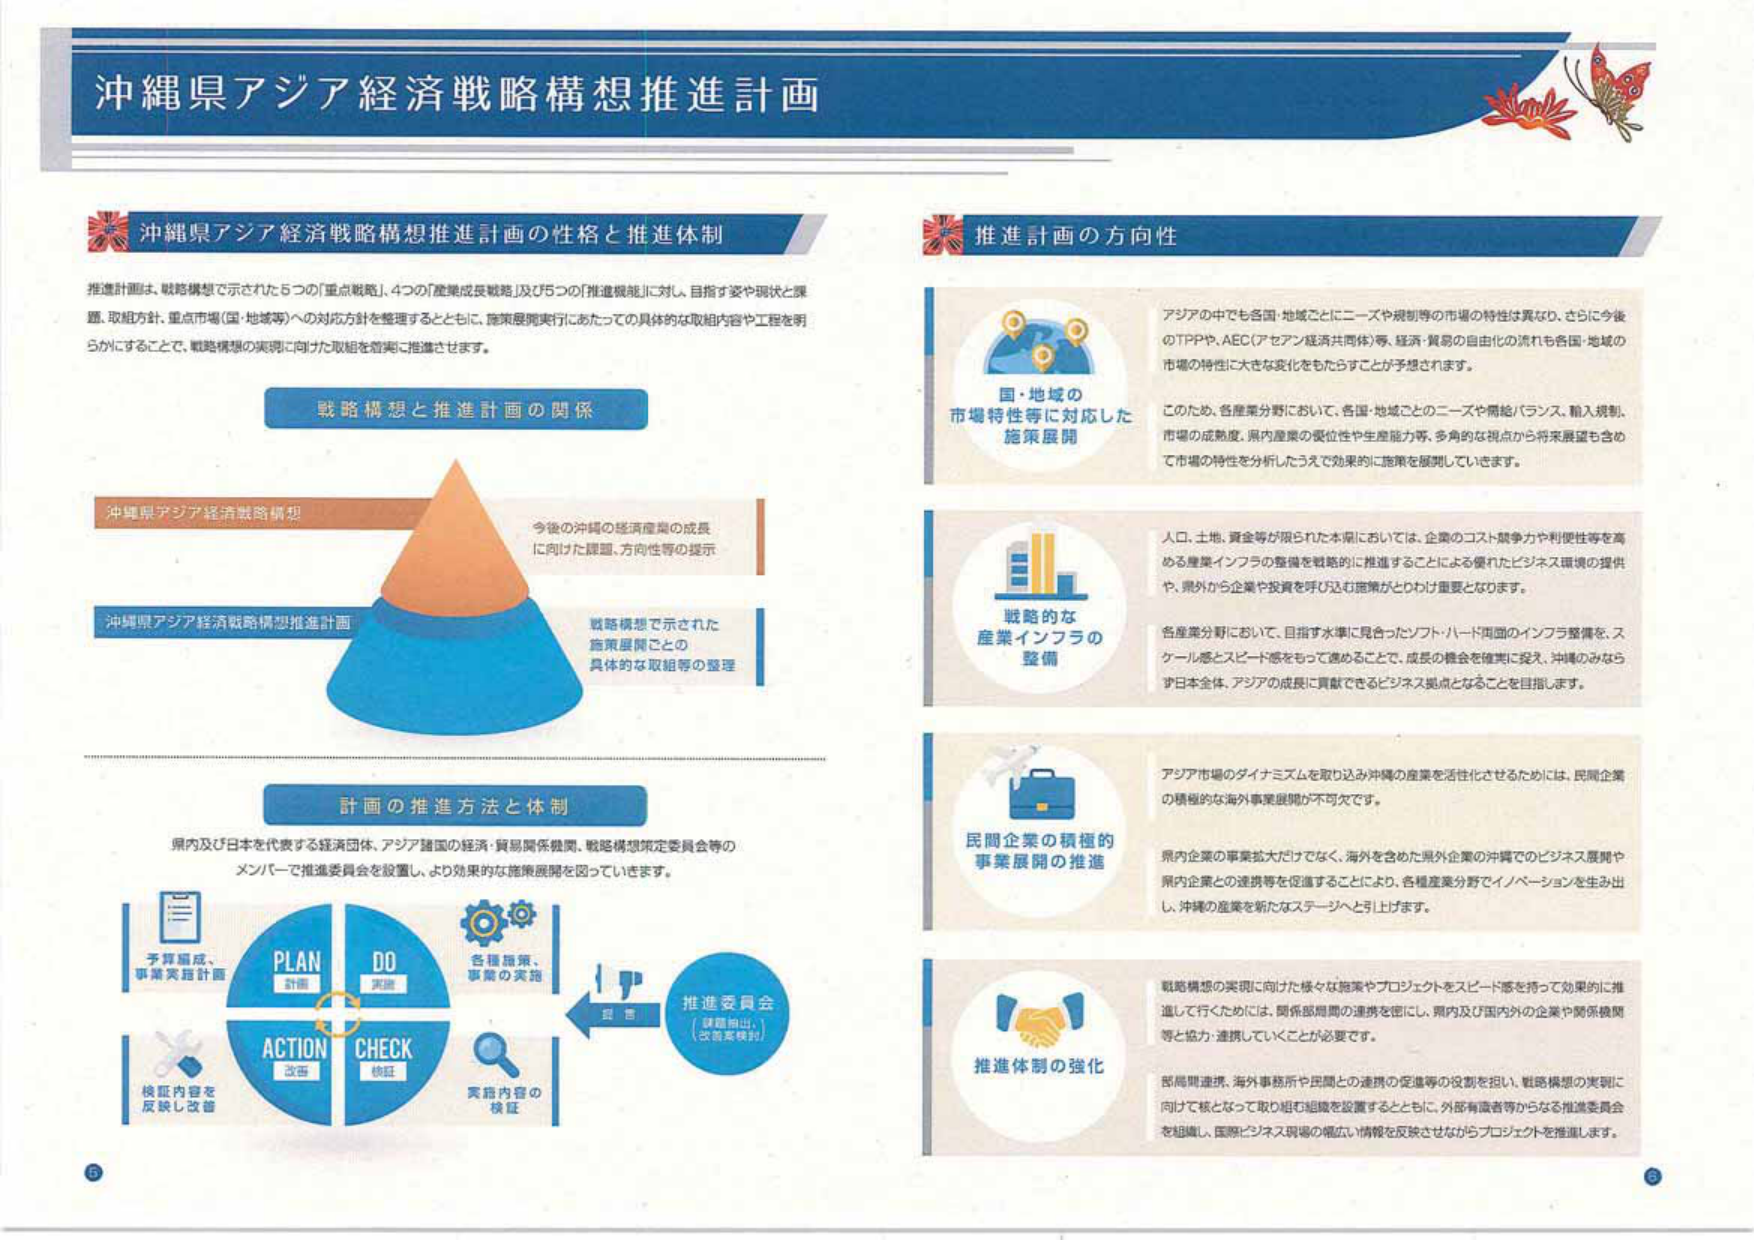
沖縄県アジア経済戦略構想推進計画

沖縄県アジア経済戦略構想推進計画の性格と推進体制

推進計画は、戦略構想で示された5つの「重点戦略」、4つの「産業成長戦略」及び5つの「推進機能」に対し、目指す姿や現状と課題、取組方針、重点市場（国・地域等）への対応方針を整理するとともに、施策展開実行にあたっての具体的な取組内容や工程を明らかにすることで、戦略構想の実現に向けた取組を着実に推進させます。

戦略構想と推進計画の関係

沖縄県アジア経済戦略構想
今後の沖縄の経済産業の成長に向けた課題、方向性等の提示

沖縄県アジア経済戦略構想推進計画
戦略構想で示された施策展開ごとの具体的な取組等の整理

計画の推進方法と体制

県内及び日本を代表する経済団体、アジア諸国の経済・貿易関係機関、戦略構想策定委員会等のメンバーで推進委員会を設置し、より効果的な施策展開を図っていきます。

PLAN 計画
DO 実施
ACTION 改善
CHECK 検証

予算編成、事業実施計画
各種施策、事業の実施
推進委員会（課題抽出、改善業務等）
実施内容の検証
検証内容を反映し改善

推進計画の方向性

国・地域の市場特性等に対応した施策展開

アジアの中でも各国・地域ごとにニーズや規制等の市場の特性は異なり、さらに今後のTPPや、AEC（アセアン経済共同体）等、経済・貿易の自由化の流れも各国・地域の市場の特性に大きな変化をもたらすことが予想されます。

このため、各産業分野において、各国・地域ごとのニーズや需給バランス、輸入規制、市場の成熟度、県内産業の優位性や生産能力等、多角的な視点から将来展望も含めて市場の特性を分析したうえで効果的に施策を展開していきます。

戦略的な産業インフラの整備

人口、土地、資金等が限られた本県においては、企業のコスト競争力や利便性等を高める産業インフラの整備を戦略的に推進することによる優れたビジネス環境の提供や、県外から企業や投資を呼び込む施策がとりわけ重要となります。

各産業分野において、目指す水準に見合ったソフト・ハード両面のインフラ整備を、スケール感とスピード感をもって進めることで、成長の機会を確実に捉え、沖縄のみならず日本全体、アジアの成長に貢献できるビジネス拠点となることを目指します。

民間企業の積極的事業展開の推進

アジア市場のダイナミズムを取り込み沖縄の産業を活性化させるためには、民間企業の積極的な海外事業展開が不可欠です。

県内企業の事業拡大だけでなく、海外を含めた県外企業の沖縄でのビジネス展開や県内企業との連携等を促進することにより、各種産業分野でイノベーションを生み出し、沖縄の産業を新たなステージへと引上げます。

推進体制の強化

戦略構想の実現に向けた様々な施策やプロジェクトをスピード感を持って効果的に推進して行くためには、関係部局間の連携を密にし、県内及び国内外の企業や関係機関等と協力・連携していくことが必要です。

部局間連携、海外事務所や民間との連携の促進等の役割を担い、戦略構想の実現に向けて核となって取り組む組織を設置するとともに、外部有識者等からなる推進委員会を組織し、国際ビジネス現場の幅広い情報を反映させながらプロジェクトを推進します。

⑤